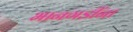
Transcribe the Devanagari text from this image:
भानगडींना